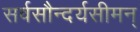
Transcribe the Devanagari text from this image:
सर्वसौन्दर्यसीमन्